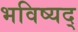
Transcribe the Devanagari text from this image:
भविष्यद्